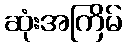
ဆုံးအကြိမ်